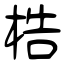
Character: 梏